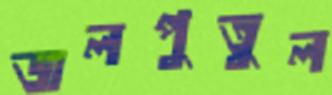
জলপুতুল